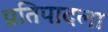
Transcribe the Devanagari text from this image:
प्रतिपादला